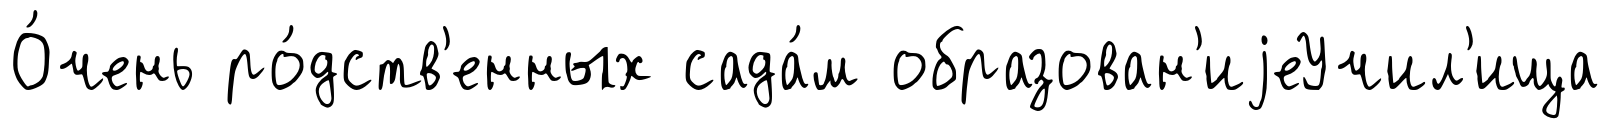
О́чень ро́дств'енных сада́м образован'иjеУчил'ища